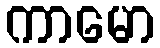
ကာမော